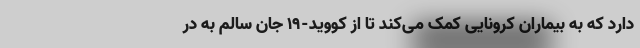
دارد که به بیماران کرونایی کمک می‌کند تا از کووید-۱۹ جان سالم به در